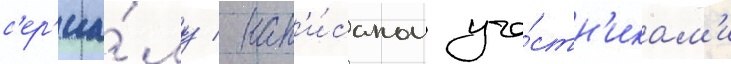
с'ер'иа́лу / нап'и́санном уча́стн'икам'и